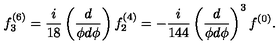
f _ { 3 } ^ { ( 6 ) } = \frac { i } { 1 8 } \left( \frac { d } { \phi d \phi } \right) f _ { 2 } ^ { ( 4 ) } = - \frac { i } { 1 4 4 } \left( \frac { d } { \phi d \phi } \right) ^ { 3 } f ^ { ( 0 ) } .